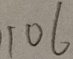
1 0 6